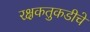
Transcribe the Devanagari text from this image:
रक्षकतुकडीचे